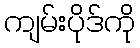
ကျမ်းပိုဒ်ကို